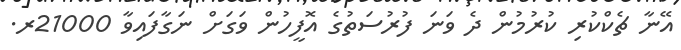
އޭނާ ޗެކްކުރި ކުރުމުން ދެ ވަނަ ފުރުސަތުގެ އޮފީހުން ވަގަށް ނަގާފައިވާ 21000ރ.